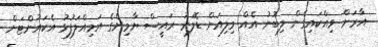
އާރަށް ވިއްކައިގެން ލިބުނު އެއް މިލިއަން ޑޮލަރު ރައީސް ޔާމިންގެ އަމިއްލަފުޅު އެކައުންޓަށް